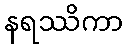
နရဿိကာ